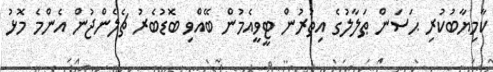
ކާމިޔާބުކުރި ޙަސަން ޠަލާލުގެ އިތުރުން ޓީވީއެމުން ބޭއްވި ބޮޑުބެރު ޗެލެންޖުން އެންމެ މޮޅު